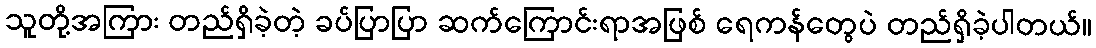
သူတို့အကြား တည်ရှိခဲ့တဲ့ ခပ်ပြာပြာ ဆက်ကြောင်းရာအဖြစ် ရေကန်တွေပဲ တည်ရှိခဲ့ပါတယ်။